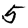
Digit: 5